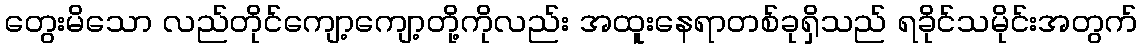
တွေးမိသော လည်တိုင်ကျော့ကျော့တို့ကိုလည်း အထူးနေရာတစ်ခုရှိသည် ရခိုင်သမိုင်းအတွက်